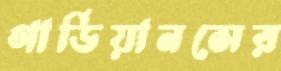
গার্ডিয়ানসের